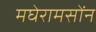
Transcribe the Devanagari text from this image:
मघेरामसोंन